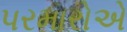
પરમારોએ